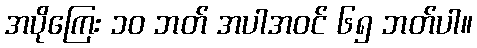
အပိုကြေး ၁၀ ဘတ် အပါအဝင် ၆၅ ဘတ်ပါ။